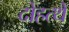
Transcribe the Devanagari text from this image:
दोहत्थे